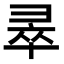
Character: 𭛐